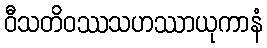
ဝီသတိဝဿသဟဿာယုကာနံ